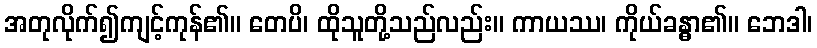
အတုလိုက်၍ကျင့်ကုန်၏။ တေပိ၊ ထိုသူတို့သည်လည်း။ ကာယဿ၊ ကိုယ်ခန္ဓာ၏။ ဘေဒါ၊